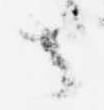
者